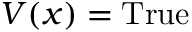
V ( x ) = { \mathrm { T r u e } }